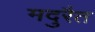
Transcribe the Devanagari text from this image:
मदुरैत